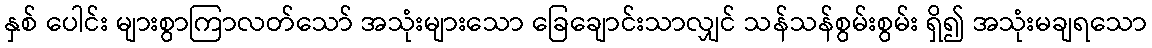
နှစ် ပေါင်း များစွာကြာလတ်သော် အသုံးများသော ခြေချောင်းသာလျှင် သန်သန်စွမ်းစွမ်း ရှိ၍ အသုံးမချရသော